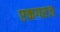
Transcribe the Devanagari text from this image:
एकगरज